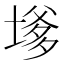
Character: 𭏔